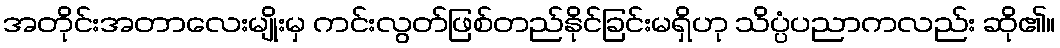
အတိုင်းအတာလေးမျိုးမှ ကင်းလွတ်ဖြစ်တည်နိုင်ခြင်းမရှိဟု သိပ္ပံပညာကလည်း ဆို၏။